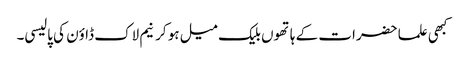
کبھی علما حضرات کے ہاتھوں بلیک میل ہو کر نیم لاک ڈاؤن کی پالیسی۔